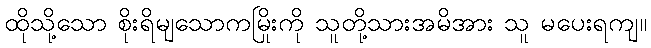
ထိုသို့သော စိုးရိမျသောကမြိုးကို သူတို့သားအမိအား သူ မပေးရကျ။